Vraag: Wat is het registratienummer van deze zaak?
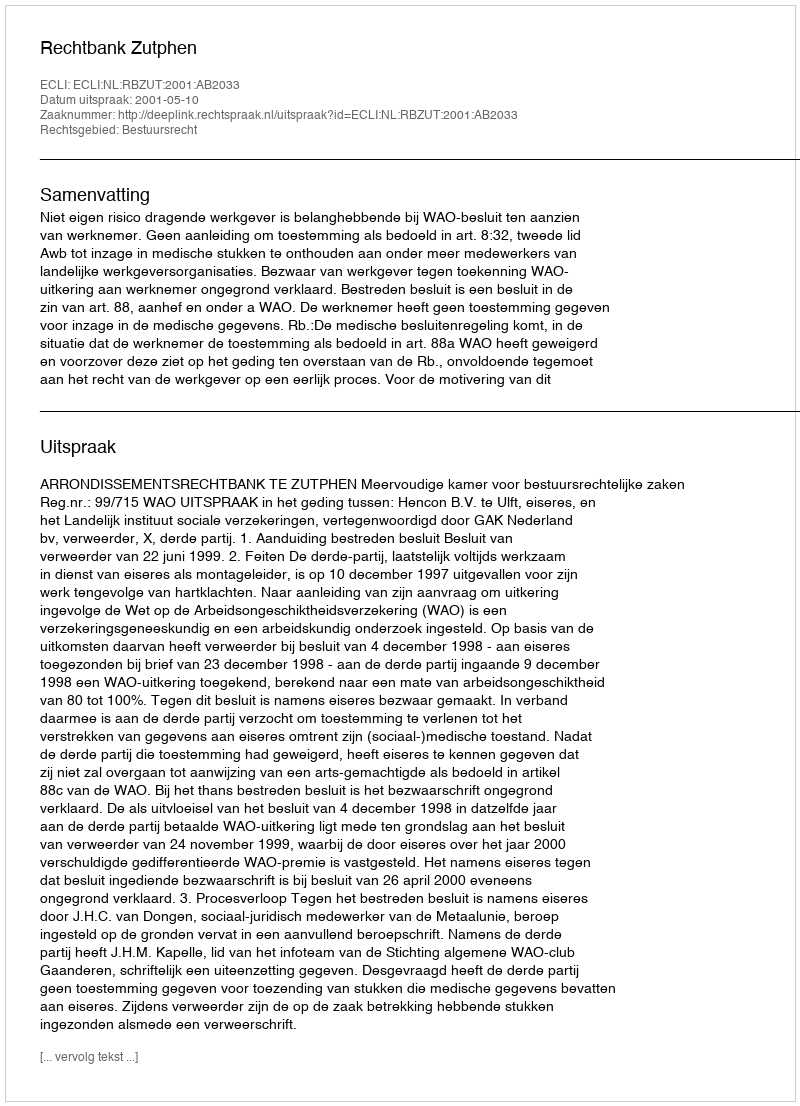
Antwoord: http://deeplink.rechtspraak.nl/uitspraak?id=ECLI:NL:RBZUT:2001:AB2033